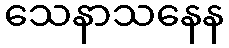
သေနာသနေန